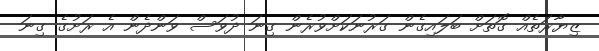
ޒިޔާރަތެއް ގޮތަށް ބަލައިގެން ގަރުނަކަށްވުރެން ގިނަ ދުވަސް ވަންދެން އެ ރަށުގެ ގިނަ